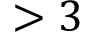
> 3